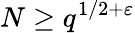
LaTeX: N\geq q^{1/2+\varepsilon}